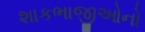
શાકભાજીઓનો